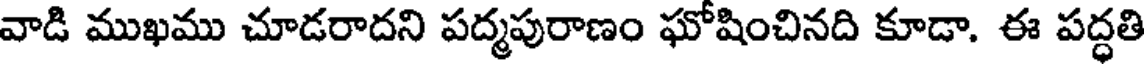
వాడి ముఖము చూడరాదని పద్మపురాణం ఘోషించినది కూడా. ఈ పద్ధతి